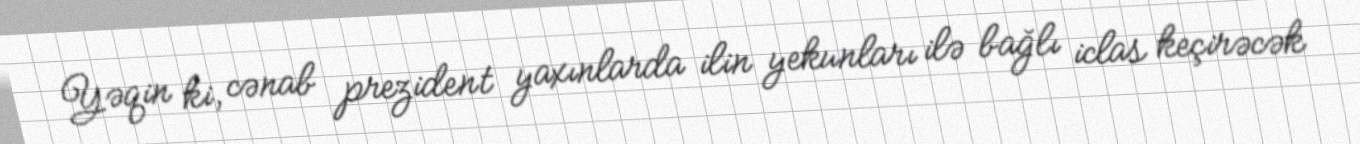
Yəqin ki, cənab prezident yaxınlarda ilin yekunları ilə bağlı iclas keçirəcək